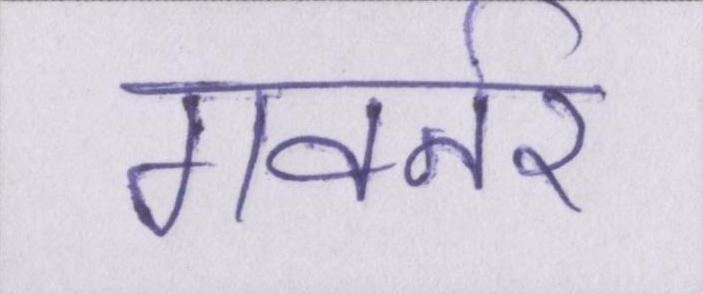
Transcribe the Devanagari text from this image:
गवर्नर